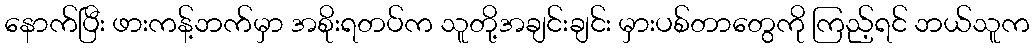
နောက်ပြီး ဖားကန့်ဘက်မှာ အစိုးရတပ်က သူတို့အချင်းချင်း မှားပစ်တာတွေကို ကြည့်ရင် ဘယ်သူက